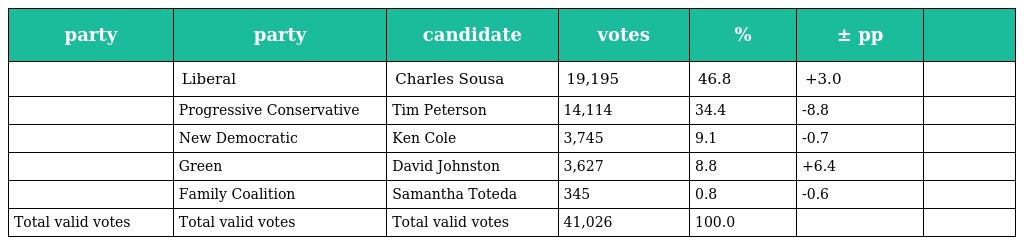
| party | party | candidate | votes | % | ± pp |  |
 | --- | --- | --- | --- | --- | --- | --- |
 |  | Liberal | Charles Sousa | 19,195 | 46.8 | +3.0 |  |
 |  | Progressive Conservative | Tim Peterson | 14,114 | 34.4 | -8.8 |  |
 |  | New Democratic | Ken Cole | 3,745 | 9.1 | -0.7 |  |
 |  | Green | David Johnston | 3,627 | 8.8 | +6.4 |  |
 |  | Family Coalition | Samantha Toteda | 345 | 0.8 | -0.6 |  |
 | Total valid votes | Total valid votes | Total valid votes | 41,026 | 100.0 |  |  |